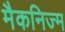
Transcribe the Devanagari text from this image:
मैकनिज्म